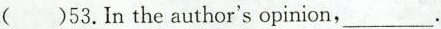
( )53.In the author's opinion, ___